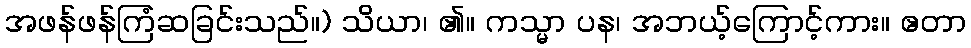
အဖန်ဖန်ကြံဆခြင်းသည်။) သိယာ၊ ၏။ ကသ္မာ ပန၊ အဘယ့်ကြောင့်ကား။ ဧတာ